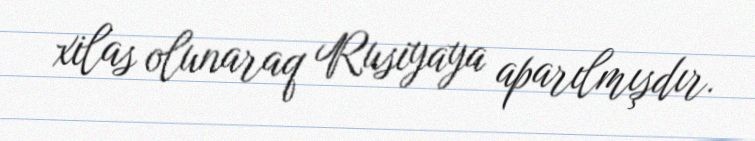
xilas olunaraq Rusiyaya aparılmışdır.